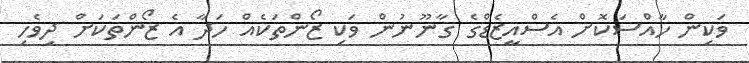
ވަކިން ހާއްސަކޮށް އެސްއީޒެޑްގެ ގާނޫނުން ވަކި ޒޯންތަކެއް ހަދާ އެ ޒޯންތަކަށް ދިވެހި